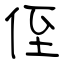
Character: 侄